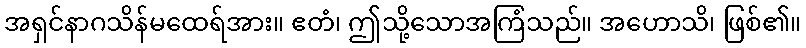
အရှင်နာဂသိန်မထေရ်အား။ ဧတံ၊ ဤသို့သောအကြံသည်။ အဟောသိ၊ ဖြစ်၏။